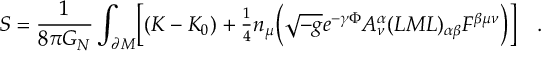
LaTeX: S = \frac { 1 } { 8 \pi G _ { N } } \int _ { \partial M } \Bigl [ ( K - K _ { 0 } ) + { \textstyle { \frac { 1 } { 4 } } } n _ { \mu } \Bigl ( \sqrt { - g } e ^ { - \gamma \Phi } A _ { \nu } ^ { \alpha } ( L M L ) _ { \alpha \beta } F ^ { \beta \mu \nu } \Bigr ) \Bigr ] \quad .